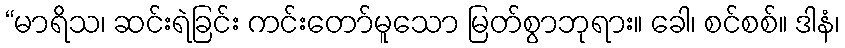
“မာရိသ၊ ဆင်းရဲခြင်း ကင်းတော်မူသော မြတ်စွာဘုရား။ ခေါ၊ စင်စစ်။ ဒါနံ၊